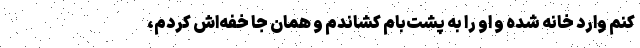
کنم وارد خانه شده و او را به پشت‌بام کشاندم و همان جا خفه‌اش کردم،